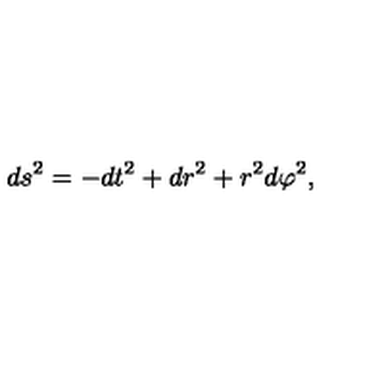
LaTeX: d s ^ { 2 } = - d t ^ { 2 } + d r ^ { 2 } + r ^ { 2 } d \varphi ^ { 2 } ,